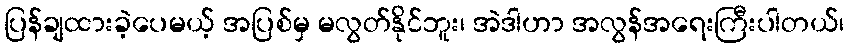
ပြန်ချထားခဲ့ပေမယ့် အပြစ်မှ မလွတ်နိုင်ဘူး၊ အဲဒါဟာ အလွန်အရေးကြီးပါတယ်၊